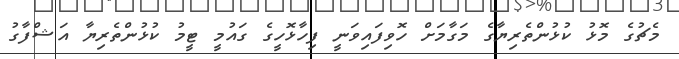
މެޗުގެ މޮޅު ކުޅުންތެރިޔާގެ މަގާމަށް ހޮވިފައިވަނީ ފިހާޅޮހީގެ ގައުމީ ޓީމު ކުޅުންތެރިޔާ އަޝްފާގު